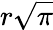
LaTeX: r\sqrt{\pi}